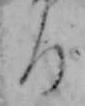
る